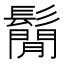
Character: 鬜